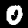
Label: 0